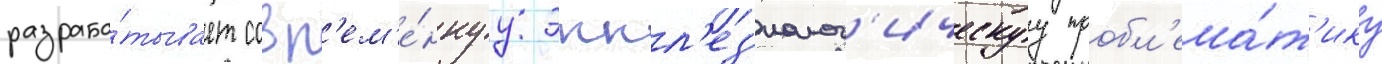
разраба́тывает совр'ем'е́ннуу эккл'ез'иолог'ическуу пробл'ема́т'ику